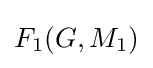
F_{1}(G,M_{1})